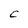
Character: C